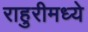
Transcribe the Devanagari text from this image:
राहुरीमध्ये